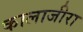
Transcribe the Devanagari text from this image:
कालाजीरा